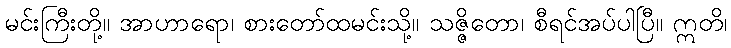
မင်းကြီးတို့။ အာဟာရော၊ စားတော်ထမင်းသို့။ သဇ္ဇိတော၊ စီရင်အပ်ပါပြီ။ ဣတိ၊